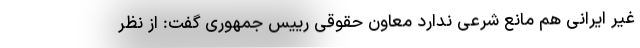
غیر ایرانی هم مانع شرعی ندارد معاون حقوقی رییس جمهوری گفت: از نظر